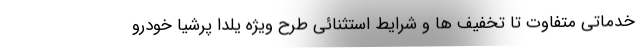
خدماتی متفاوت تا تخفیف ها و شرایط استثنائی طرح ویژه یلدا پرشیا خودرو